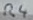
Text: R4